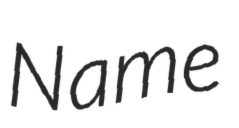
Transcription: Name